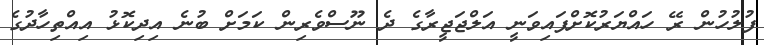
ފުލުހުން ރޭ ހައްޔަރުކޮށްފައިވަނީ އަލްޖަޖީރާގެ ދެ ނޫސްވެރިން ކަމަށް ބުނެ އިދިކޮޅު އިއްތިހާދުގެ